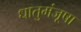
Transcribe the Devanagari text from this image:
धातुमंजूषा